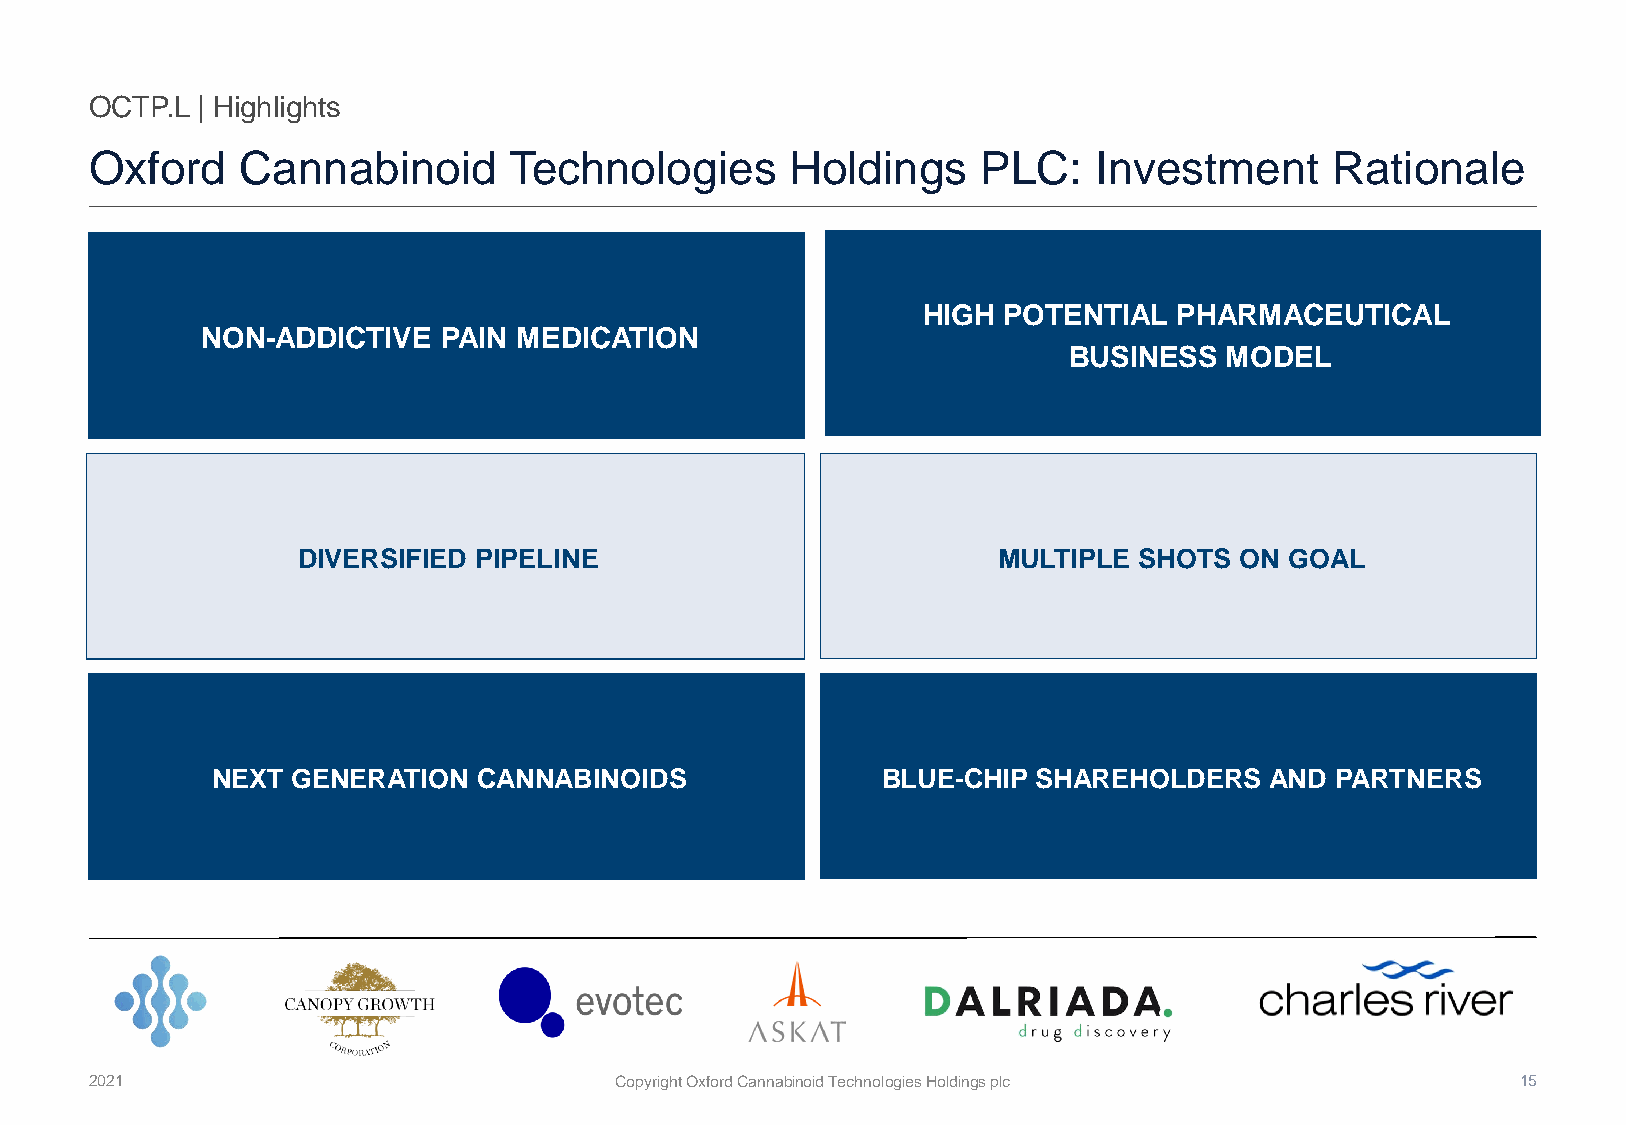
OCTP.L | Highlights
 Oxford    Cannabinoid       Technologies      Holdings     PLC:   Investment      Rationale
 HIGH POTENTIAL   PHARMACEUTICAL
 NON-ADDICTIVE   PAIN MEDICATION
 BUSINESS  MODEL
 DIVERSIFIED PIPELINE                          MULTIPLE SHOTS  ON GOAL
 NEXT GENERATION   CANNABINOIDS              BLUE-CHIP  SHAREHOLDERS   AND PARTNERS
 2021                               Copyright Oxford Cannabinoid Technologies Holdings plc      15